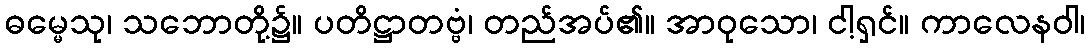
ဓမ္မေသု၊ သဘောတို့၌။ ပတိဋ္ဌာတဗ္ဗံ၊ တည်အပ်၏။ အာဝုသော၊ ငါ့ရှင်။ ကာလေနဝါ၊